Indian journal of veterinary science and animal husbandry - Volume 4,
Year: 1934
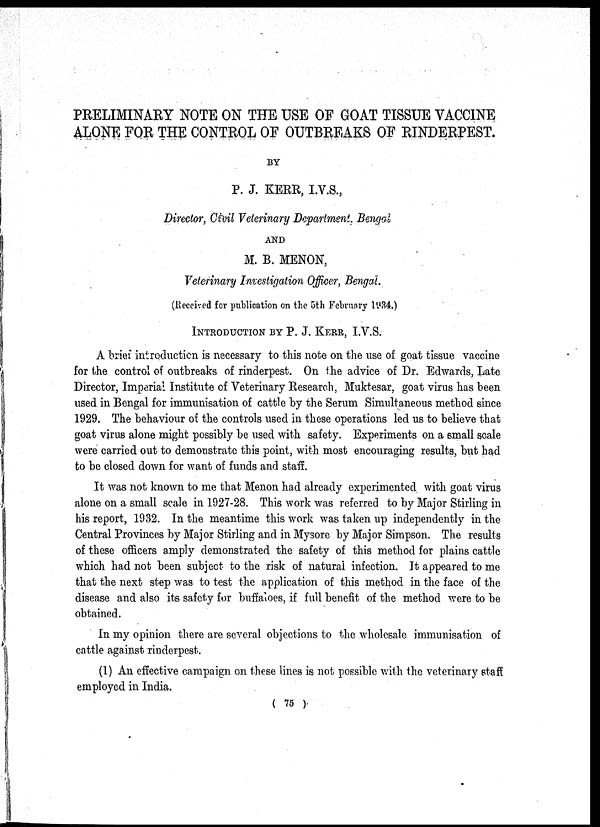
PRELIMINARY NOTE ON THE USE OF GOAT TISSUE VACCINE
ALONE FOR THE CONTROL OF OUTBREAKS OF RINDERPEST.
BY
P. J. KERR, I.V.S.,
Director, Civil Veterinary Department, Bengal
AND
M. B. MENON,
Veterinary Investigation Officer, Bengal.
(Received for publication on the 5th February 1934.)
INTRODUCTION BY P. J. KERR, I.V.S.
A brief introduction is necessary to this note on the use of goat tissue vaccine
for the control of outbreaks of rinderpest. On the advice of Dr. Edwards, Late
Director, Imperial Institute of Veterinary Research, Muktesar, goat virus has been
used in Bengal for immunisation of cattle by the Serum Simultaneous method since
1929. The behaviour of the controls used in these operations led us to believe that
goat virus alone might possibly be used with safety. Experiments on a small scale
were carried out to demonstrate this point, with most encouraging results, but had
to be closed down for want of funds and staff.
It was not known to me that Menon had already experimented with goat virus
alone on a small scale in 1927-28. This work was referred to by Major Stirling in
his report, 1932. In the meantime this work was taken up independently in the
Central Provinces by Major Stirling and in Mysore by Major Simpson. The results
of these officers amply demonstrated the safety of this method for plains cattle
which had not been subject to the risk of natural infection. It appeared to me
that the next step was to test the application of this method in the face of the
disease and also its safety for buffaloes, if full benefit of the method were to be
obtained.
In my opinion there are several objections to the wholesale immunisation of
cattle against rinderpest.
(1) An effective campaign on these lines is not possible with the veterinary staff
employed in India.
( 75 )